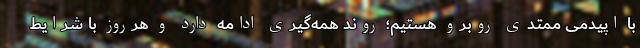
با اپیدمی ممتدی روبرو هستیم؛ روند همه‌گیری ادامه دارد و هرروز با شرایط